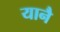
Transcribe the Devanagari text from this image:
यानै